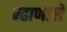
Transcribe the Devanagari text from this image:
म्हाणाले